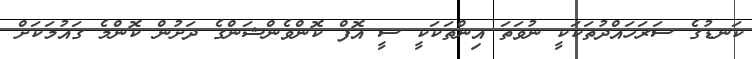
ކަނޑުގެ ސަރަހައްދުތަކަކީ ނުވަތަ އިންތަކަކީ ސީ އޮފް ކޮންވެންޝަންގެ ދަށުން ކޮންމެ ގައުމަކަށް